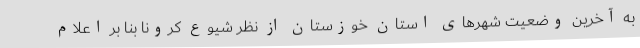
به آخرین وضعیت شهرهای استان خوزستان از نظر شیوع کرونا بنا بر اعلام